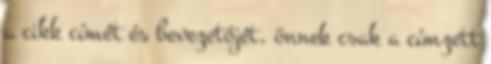
a cikk címét és bevezetőjét, önnek csak a címzett